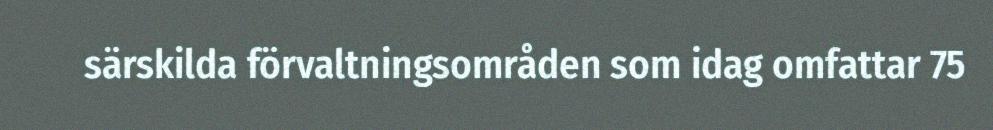
särskilda förvaltningsområden som idag omfattar 75